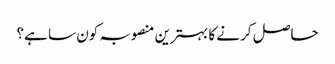
حاصل کرنے کا بہترین منصوبہ کون سا ہے؟